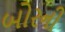
બોરની